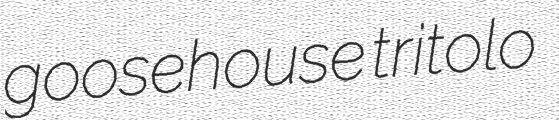
goosehouse tritolo